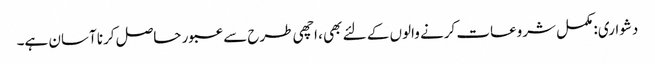
دشواری: مکمل شروعات کرنے والوں کے لئے بھی ، اچھی طرح سے عبور حاصل کرنا آسان ہے۔